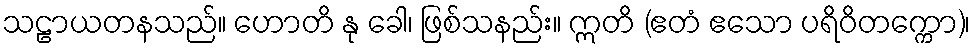
သဠာယတနသည်။ ဟောတိ နု ခေါ၊ ဖြစ်သနည်း။ ဣတိ (ဧတံ ဧသော ပရိဝိတက္ကော)၊